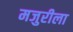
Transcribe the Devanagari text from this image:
मजुरीला